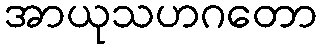
အာယုသဟဂတော